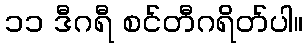
၁၁ ဒီဂရီ စင်တီဂရိတ်ပါ။